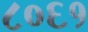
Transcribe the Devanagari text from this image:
८०६१